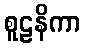
စူဠနိကာ